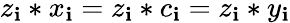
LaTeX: z_{\mathbf{i}}*x_{\mathbf{i}}=z_{\mathbf{i}}*c_{\mathbf{i}}=z_{\mathbf{i}}*y_{\mathbf{i}}